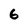
Character: 6